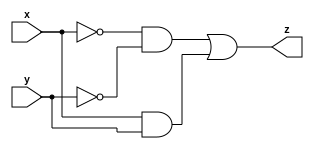
module comparator( input x, input y, output z);
  assign z = (~x & ~y) | (x & y);
endmodule

module comparator2bit(
  input[1:0] x,
  input[1:0] y,
  output z );

  assign z = ( x[0] &  y[0] &  x[1] &  y[1] ) |
             (~x[0] & ~y[0] &  x[1] &  y[1] ) |
             (~x[0] & ~y[0] & ~x[1] & ~y[1] ) |
             ( x[0] &  y[0] & ~x[1] &  y[1] );
endmodule